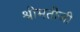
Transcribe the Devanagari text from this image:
श्रीमतीजी